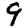
Digit: 9